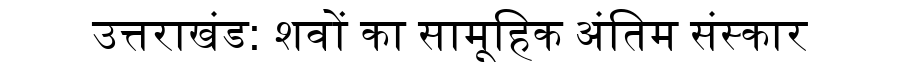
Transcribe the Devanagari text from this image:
उत्तराखंड: शवों का सामूहिक अंतिम संस्कार